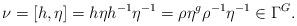
LaTeX: \begin{align*} \nu = [h,\eta] = h\eta h^{-1}\eta^{-1} = \rho \eta^{g} \rho^{-1} \eta^{-1} \in \Gamma^G.\end{align*}